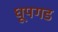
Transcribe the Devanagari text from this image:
धूपगड